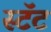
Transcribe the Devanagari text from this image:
स्टॅट